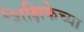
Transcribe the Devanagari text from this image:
शिक्षिकेच्या